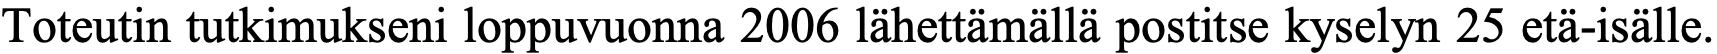
Toteutin tutkimukseni loppuvuonna 2006 lähettämällä postitse kyselyn 25 etä-isälle.